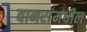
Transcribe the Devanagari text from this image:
वानरांमधील